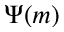
\Psi ( m )